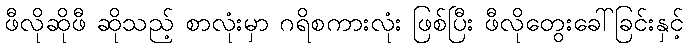
ဖီလိုဆိုဖီ ဆိုသည့် စာလုံးမှာ ဂရိစကားလုံး ဖြစ်ပြီး ဖီလိုတွေးခေါ်ခြင်းနှင့်